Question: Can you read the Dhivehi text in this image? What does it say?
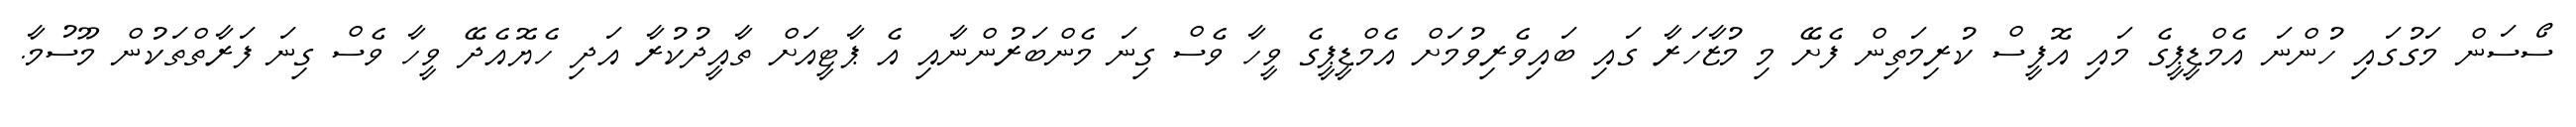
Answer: ސޯސަން މަގުގައި ހުންނަ އެމްޑީޕީގެ މައި އޮފީސް ކުރިމަތިން ފެށޭ މި މުޒާހަރާ ގައި ބައިވެރިވުމަށް އެމްޑީޕީގެ ވީހާ ވެސް ގިނަ މެންބަރުންނާއި އެ ޕާޓީއަށް ތާއީދުކުރާ އަދި ހެޔޮއެދޭ ވީހާ ވެސް ގިނަ ފަރާތްތަކުން މޫސުމާ.